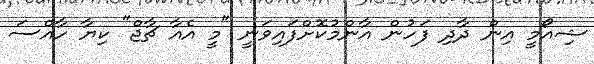
ޝިއޯމީ އިން ދާދި ފަހުން އާންމުކޮށްފައިވަނީ "މީ އެއާ ޗާޖް" ކިޔާ ހާއްސަ